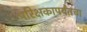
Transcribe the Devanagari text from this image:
परिक्षकापर्यंतचा